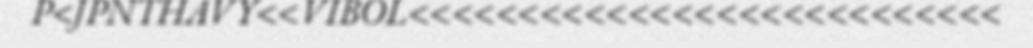
P<JPNTHAVY<<VIBOL<<<<<<<<<<<<<<<<<<<<<<<<<<<